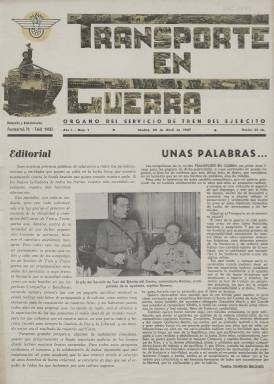
Título: Transporte en guerra
Colección: Guerra civil
Ámbito geográfico: Madrid
Lugar de publicación: Madrid
Fechas: 29/04/1937-15/03/1938

Periódico del bando republicano cuyo subtítulo era Órgano del Servicio de Tren del Ejército y que comenzó a publicarse en Madrid en abril de 1937, cuando hacía ya casi un año que la Guerra Civil había comenzado. Su finalidad era resaltar la importancia que la logística y la movilidad tenían para todas las unidades militares que componían el ejército de la República.

   La Biblioteca Nacional de España tiene sólo tres números de esta publicación. Cuenta con el primer número y otros dos de febrero y marzo de 1938. Debió comenzar con periodicidad quincenal para pasar luego a ser mensual o publicarse con carácter irregular. Como se comprueba por estos números en posesión de la BNE el periódico fue ganando en paginación y en vistosidad. Los ejemplares de 1938 incorporan unas cubiertas con ilustraciones que semejan a la de los carteles de guerra.

  En el primer número, el editorial informa de que el periódico puede salir a la luz gracias al esfuerzo económico de los oficiales y comisarios del Cuerpo de Tren y Transportes y pide a los miembros de este servicio en cada compañía y batallón que se suscriba al mismo con una aportación mensual para hacer una labor de propaganda y cultura. En esta misma portada hay una colaboración del comandante Briones, jefe del Servicio de Tren del Ejército de Centro, que aparece en una fotografía acompañado de su ayudante.

   Se puede leer en páginas interiores informaciones como la preparación de los Batallones del Transporte: ‘En los momentos actuales y difíciles, por ser éstos en los que se trabaja para la rápida formación de los Batallones del Transporte -siendo éste quizá la base fundamental de la guerra, pues comprobado está que el Ejército que más movilidad tenga tiene más probabilidades de ganar la misma—, es cuando se ve la enorme importancia que tiene este servicio y cuando se vislumbra la verdadera eficacia de su resultado una vez que su constitución esté terminada’.

  El Servicio de Tren del Ejército no integraba solo al ferrocarril, sino que formaban también parte el parque automovilístico y lo que se conocía como Hipomóvil, que eran los carruajes tirados por caballos.

 Aunque centrado en la información referente a la guerra, el contenido de la publicación prestó mucha atención a la formación de los conductores, sobre todo los de automóviles. En sus páginas se pueden leer reportajes dedicados a la técnica y mecánica de los vehículos, así como consejos para una buena conducción.

 En la última página del número de marzo de 1938 se puede ver una espectacular ilustración de un automóvil volcado en la carretera con su conductor tendido en el suelo. Un texto que acompaña a la imagen dice lo siguiente: ‘Los soldados del Transporte, que principalmente somos los que manejamos este arma útil y carísima, estamos obligados a sentir tan intensamente nuestra responsabilidad que ésta haga posible la total desaparición de estos trágicos accidentes debidos a la imprudencia. La guerra nos lo exige’.

[Descripción publicada el 16/8/2022]